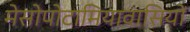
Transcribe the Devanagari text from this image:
मेसोपोटामियावासियों